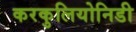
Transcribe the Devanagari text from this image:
करकुलियोनिडी